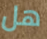
هل